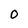
Character: 0